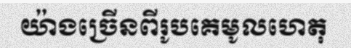
យ៉ាងច្រើនពីរូបគេមូលហេតុ